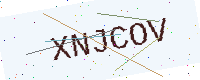
Text: XNJCOV